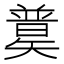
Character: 𥐄